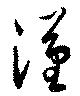
漢